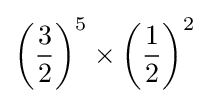
\left({\frac {3}{2}}\right)^{5}\times \left({\frac {1}{2}}\right)^{2}